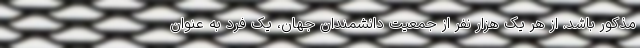
مذکور باشد. از هر یک هزار نفر از جمعیت دانشمندان جهان، یک فرد به عنوان